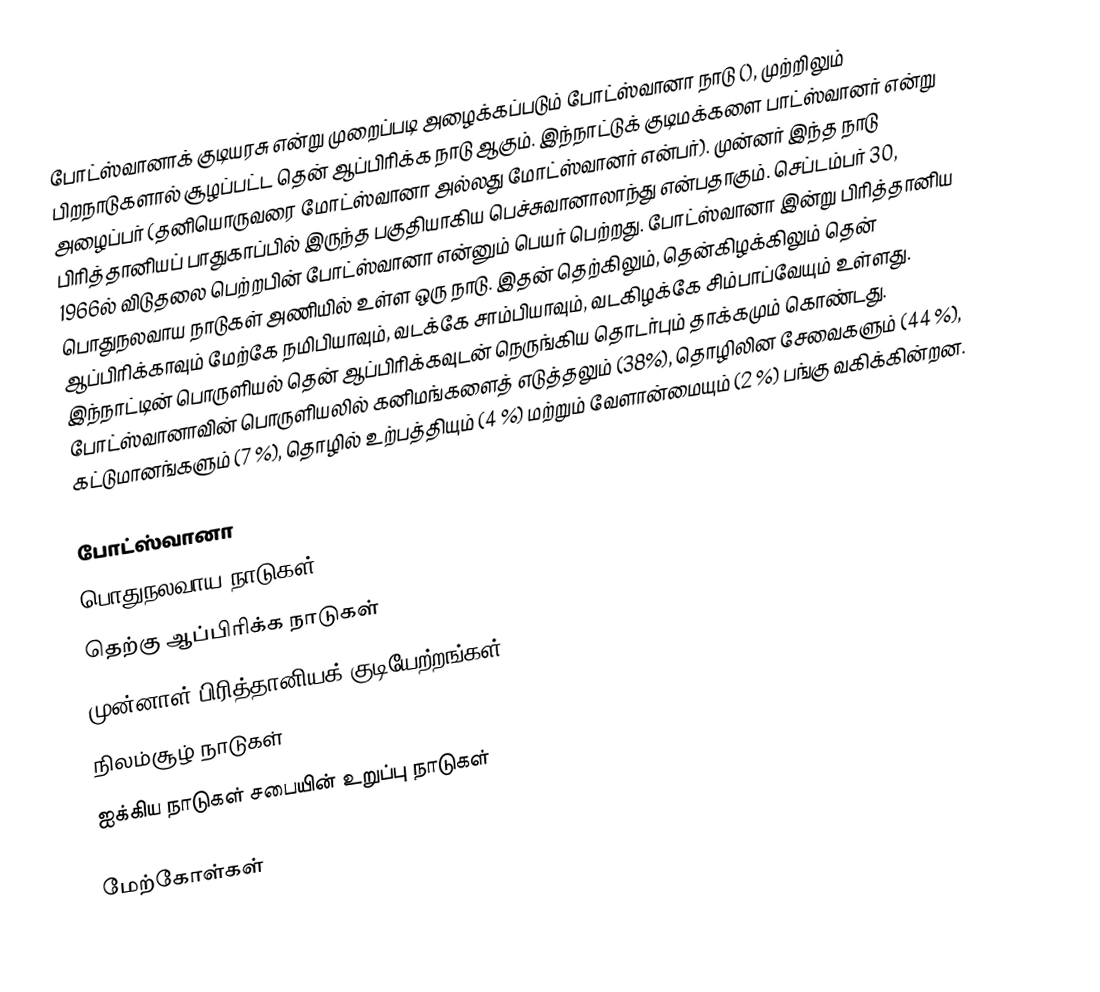
போட்ஸ்வானாக் குடியரசு என்று முறைப்படி அழைக்கப்படும் போட்ஸ்வானா நாடு (), முற்றிலும் பிறநாடுகளால் சூழப்பட்ட தென் ஆப்பிரிக்க நாடு ஆகும். இந்நாட்டுக் குடிமக்களை பாட்ஸ்வானர் என்று அழைப்பர் (தனியொருவரை மோட்ஸ்வானா அல்லது மோட்ஸ்வானர் என்பர்). முன்னர் இந்த நாடு பிரித்தானியப் பாதுகாப்பில் இருந்த பகுதியாகிய பெச்சுவானாலாந்து என்பதாகும். செப்டம்பர் 30, 1966ல் விடுதலை பெற்றபின் போட்ஸ்வானா என்னும் பெயர் பெற்றது. போட்ஸ்வானா இன்று பிரித்தானிய பொதுநலவாய நாடுகள் அணியில் உள்ள ஒரு நாடு. இதன் தெற்கிலும், தென்கிழக்கிலும் தென் ஆப்பிரிக்காவும் மேற்கே நமிபியாவும், வடக்கே சாம்பியாவும், வடகிழக்கே சிம்பாப்வேயும் உள்ளது. இந்நாட்டின் பொருளியல் தென் ஆப்பிரிக்கவுடன் நெருங்கிய தொடர்பும் தாக்கமும் கொண்டது. போட்ஸ்வானாவின் பொருளியலில் கனிமங்களைத் எடுத்தலும் (38%), தொழிலின சேவைகளும் (44 %), கட்டுமானங்களும் (7 %), தொழில் உற்பத்தியும் (4 %) மற்றும் வேளான்மையும் (2 %) பங்கு வகிக்கின்றன.

போட்ஸ்வானா
பொதுநலவாய நாடுகள்
தெற்கு ஆப்பிரிக்க நாடுகள்
முன்னாள் பிரித்தானியக் குடியேற்றங்கள்
நிலம்சூழ் நாடுகள்
ஐக்கிய நாடுகள் சபையின் உறுப்பு நாடுகள்

மேற்கோள்கள்